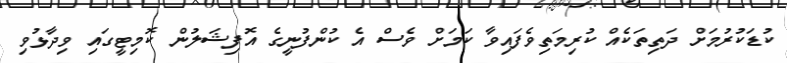
ކުޑަކުރުމަށް ދަތިތަކެއް ކުރިމަތިވެފައިވާ ކަމަށް ވެސް އެ ކުންފުނީގެ އޮފިޝަލުން ކޮމިޓީގައި ވިދާޅުވި